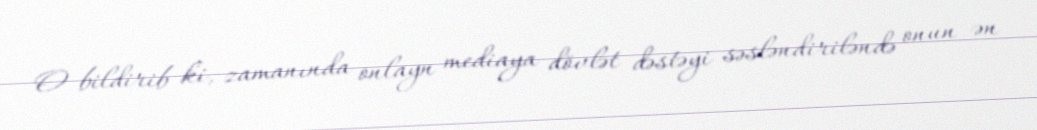
O bildirib ki, zamanında onlayn mediaya dövlət dəstəyi səsləndiriləndə onun ən